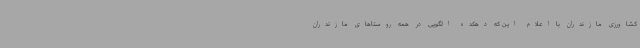
کشاورزی مازندران با اعلام این که دهکده الگویی در همه روستاهای مازندران